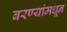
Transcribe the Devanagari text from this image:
बरण्यांमधून